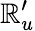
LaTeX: \mathbb{R}_{u}^{\prime}